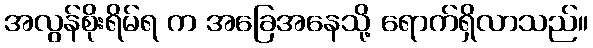
အလွန်စိုးရိမ်ရ က အခြေအနေသို့ ရောက်ရှိလာသည်။